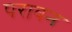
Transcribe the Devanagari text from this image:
परावन